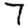
Digit: 7